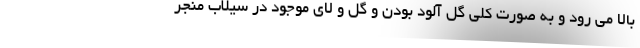
بالا می رود و به صورت کلی گل آلود بودن و گل و لای موجود در سیلاب منجر